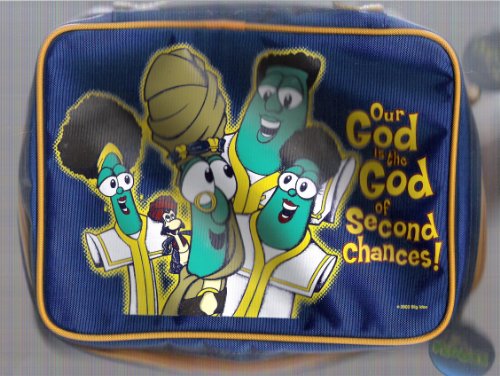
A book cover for Jonah Bible Cover: Medium; Christian Books & Bibles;